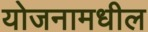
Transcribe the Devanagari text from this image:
योजनामधील